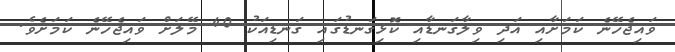
ވައިޖެހޭނެ ކަމަށާއި އަދި ވިލާގަނޑާއި ކޮޅިގަނޑުގައި ގަނޑިއަކު 40 މޭލަށް ވައިޖެހޭނެ ކަމަށެވެ.